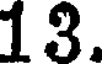
13.